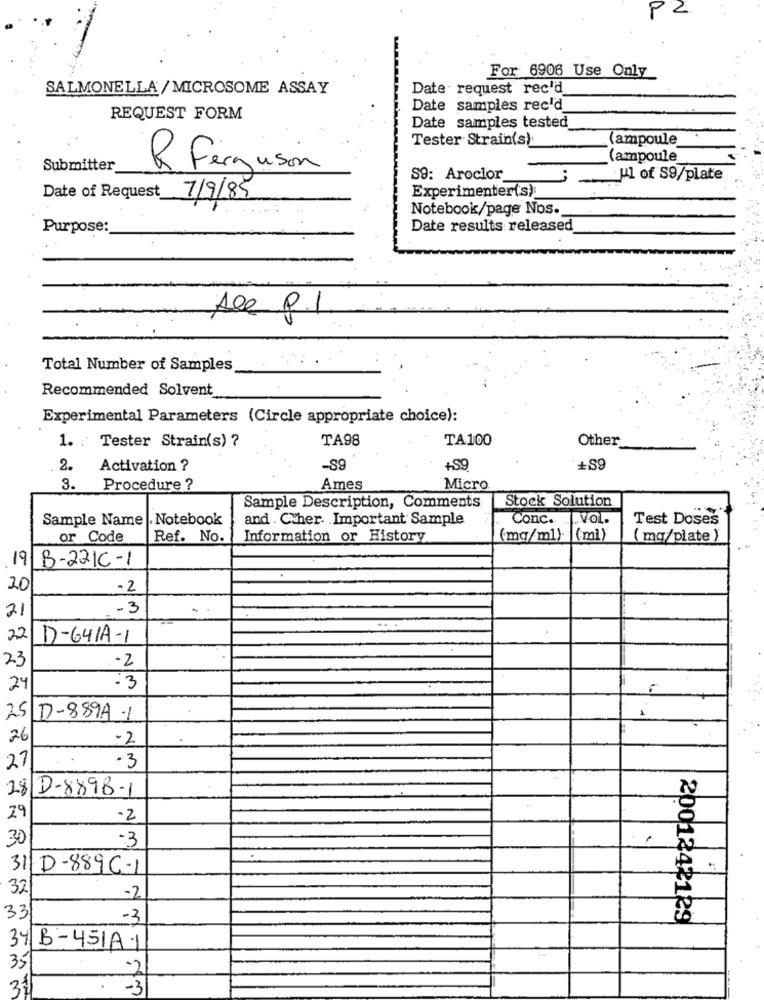
PZ
For: 6906 Use Only
SALMONELLA / MICROSOME ASSAY
Date request rec'd
Date samples rec'd
REQUEST FORM
Date samples tested
Tester Strain(s)
(ampoule
(ampoule
Submitter
R. Ferguson
S9: Aroclor
-
· Hl of S9/plate
Experimenter('s)
Date of Request
7/9/85
Notebook/page Nos.
Purpose:
Date results released
Ale p.1
Total Number of Samples
Recommended Solvent
Experimental Parameters (Circle appropriate choice):
TA98
TA100
Other
1. ' Tester Strain(s) ?
2.
Activation ?
-$9
+S.
+S9
3.
Procedure ?
Ames
Micro
Stock Solution
Sample Description, Comments
Sample Name
.Notebook
and . C.her. . Important Sample
Conc.
... VOL
Test Doses
or Code
Ref. No.
Information or History
(mg/ml). (ml)
( mq/plate )
19 B-22IC-1
20
-2
- 3
21
22
DD-641A-1
23
-2
24
-3
25 D-889A .1
26
-2
27
. 3
282-8898-1
29
-2
30
-3
31 D-889C-1
32
-2
33
-3
2001242129
34 B-451A-1
35
-2
-3